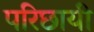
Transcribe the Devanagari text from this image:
परिछायी